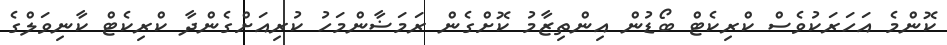
ކޮންމެ އަހަރަކުވެސް ކްރިކެޓް ބޯޑުން އިންތިޒާމު ކޮށްގެން ރަމަޟާންމަހު ކުރިއަށްގެންދާ ކްރިކެޓް ކާނިވަލްގެ